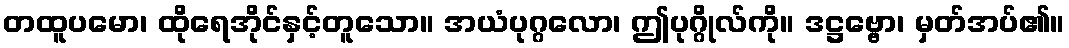
တထူပမော၊ ထိုရေအိုင်နှင့်တူသော။ အယံပုဂ္ဂလော၊ ဤပုဂ္ဂိုလ်ကို။ ဒဋ္ဌဗ္ဗော၊ မှတ်အပ်၏။